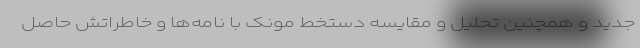
جدید و همچنین تحلیل و مقایسه دستخط مونک با نامه‌ها و خاطراتش حاصل